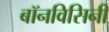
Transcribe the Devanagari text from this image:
बॉनविसिनी